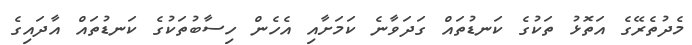
މެދުތެރޭގެ އަތޮޅު ތަކުގެ ކަނޑުތައް ގަދަވާނެ ކަމަށާއި އެހެން ހިސާބުތަކުގެ ކަނޑުތައް އާދައިގެ